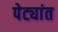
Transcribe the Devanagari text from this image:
पेट्यांत